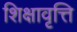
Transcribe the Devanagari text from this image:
शिक्षावृत्ति